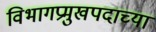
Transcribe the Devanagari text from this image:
विभागप्रमुखपदाच्या